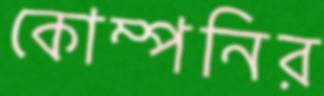
কোম্পনির